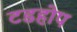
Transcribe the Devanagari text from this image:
टडहोप